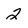
Character: 2